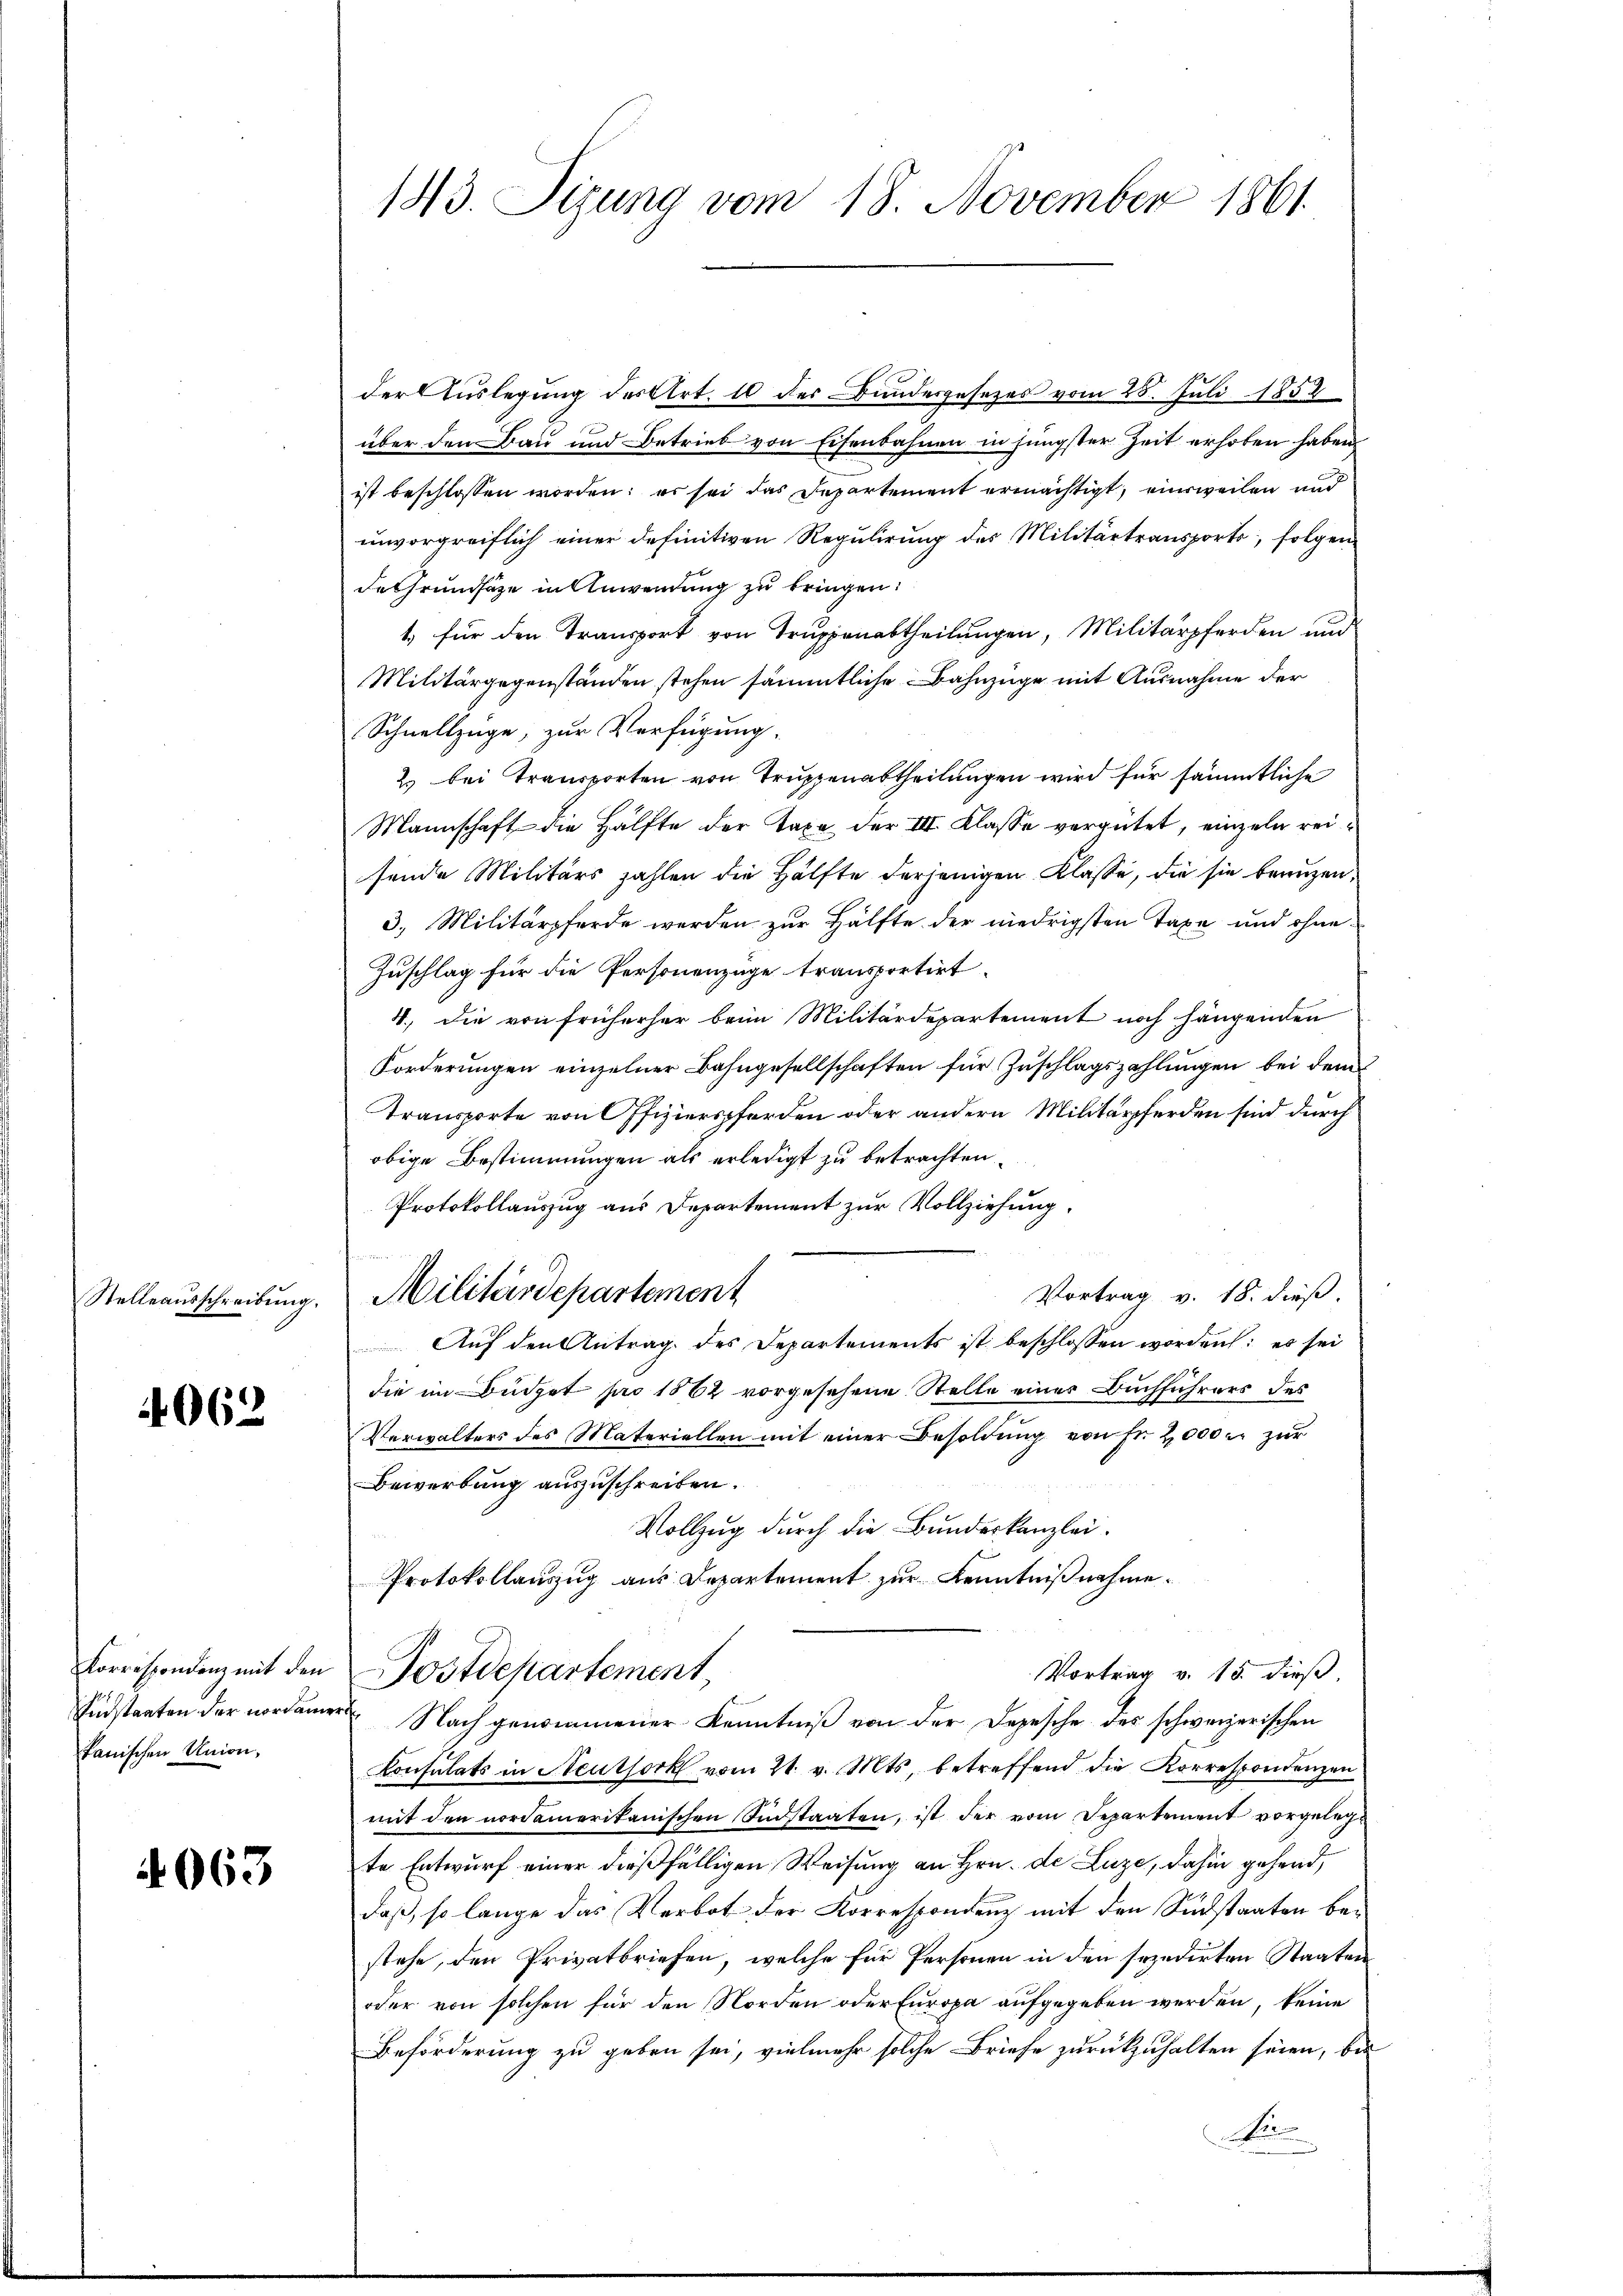
4062

Sidstaaten der nordam
kanischen Union,

4063

143. Sizung vom 18. November 1861.

der Auslegung des Art. 10 der Bundesgesezes vom 28. Juli 1852
über den Bau und Betrieb von Eisenbahnen in jüngster Zeit erhoben haben,
ist beschlossen worden; es sei das Departement ermächtigt, einweilen und
unvorgreiflich einer definitiven Regulirung des Militärtransports folgen
des Grundsätze in Anwendung zu bringen:
1) für den Transport von Truppenabtheilungen, Militärpferden und
Militärgegenständen stehen sämmtliche Bahnzüge mit Ausnahme der
Schnellzüge, zur Verfügung.
2 bei Transporten von Truppenabtheilungen wird für sämmtliche
Mannschaft die Hälfte der Taxe der III. Klasse vergütet, einzeln reisende Militärs zahlen die Hälfte derjenigen Klasse, die sie benuzen,
3. Militärpferde werden zur Hälfte der niedrigsten Taxe und ohne
Zuschlag für die Personenzüge transportirt.
4., die von früherher beim Militärdepartement noch hängenden
Forderungen einzelner Bahngesellschaften für Zuschlagszahlungen bei dem
Transporte von Offizierspferden oder andern Militärpferden sind durch
obige Bestimmungen als erledigt zu betrachten.
Protokollauszug aus Departement zur Vollziehung.
Vortrag v. 18. dieß.
Stelleaŭsschreibŭng. Militärdepartement
Auf den Antrag des Departements ist beschlossen worden: es sei
die im Büdget pro 1862 vorgesehene Stelle eines Buchführers des
Verwalters des Materiellen mit einer Besoldung von Fr. 2000 r. zur
Bewerbung auszuschreiben.
Vollzug durch die Bundeskanzlei.
Protokollauszug aus Departement zur Kenntnißnahme.
Korrespondenz mit den Postdepartement,
Vortrag v. 15. dieß,
r Nach genommener Kenntniß von der Depesche des schweizerischen
Konsulats in Neuthork vom 21. v. Mts. betreffend die Korrespondenzen
mit den nordamerikanischen Sidstaaten, ist der vom Departement vorgelegte Entwurf einer dießfälligen Weisung an Hrn. de Luze, dahin gehend,
daß, so lange das Verbot der Korrespondenz mit den Südstaaten bestehe, den Privatbriefen, welche für Personen in den sezedirten Staaten
oder von solchen für den Norden oder Europa aufgegeben werden, keine
Beförderung zu geben sei, vielmehr solche Briefe zurückzuhalten seien, bis
K